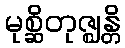
မုစ္ဆိတုဇ္ဈန္တိ